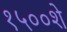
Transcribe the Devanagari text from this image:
१५००शे